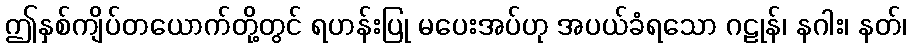
ဤနှစ်ကျိပ်တယောက်တို့တွင် ရဟန်းပြု မပေးအပ်ဟု အပယ်ခံရသော ဂဠုန်၊ နဂါး၊ နတ်၊